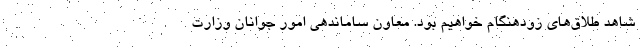
شاهد طلاق‌های زودهنگام خواهیم بود. معاون ساماندهی امور جوانان وزارت